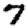
Digit: 7